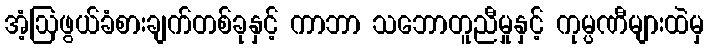
အံ့ဩဖွယ်ခံစားချက်တစ်ခုနှင့် ကာဘာ သဘောတူညီမှုနှင့် ကုမ္ပဏီများထဲမှ